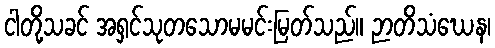
ငါတို့သခင် အရှင်သုတသောမမင်းမြတ်သည်။ ဉာတိသံဃေန၊